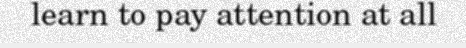
learn to pay attention at all